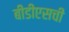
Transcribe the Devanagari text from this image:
बीडीएसची